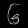
Digit: ၆